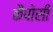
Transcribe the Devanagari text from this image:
कैपोसी